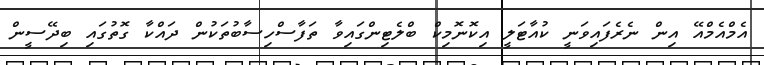
އެމްއެމްއޭ އިން ނެރެފައިވަނީ ކުއާޓަލީ އިކޮނޮމިކް ބްލެޓިންގައިވާ ތަފާސްހިސާބުތަކުން ދައްކާ ގޮތުގައި ބިދޭސީން